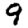
Digit: 9